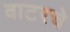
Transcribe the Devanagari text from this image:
वाटरचे